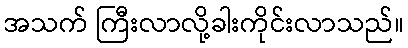
အသက် ကြီးလာလို့ခါးကိုင်းလာသည်။